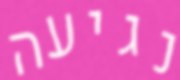
נגיעה